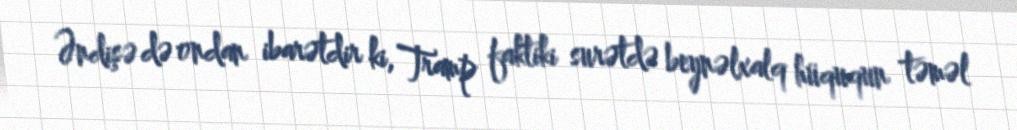
Əndişə də ondan ibarətdir ki, Tramp faktiki surətdə beynəlxalq hüququn təməl